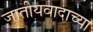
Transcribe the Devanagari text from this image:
जातीयवादाच्या